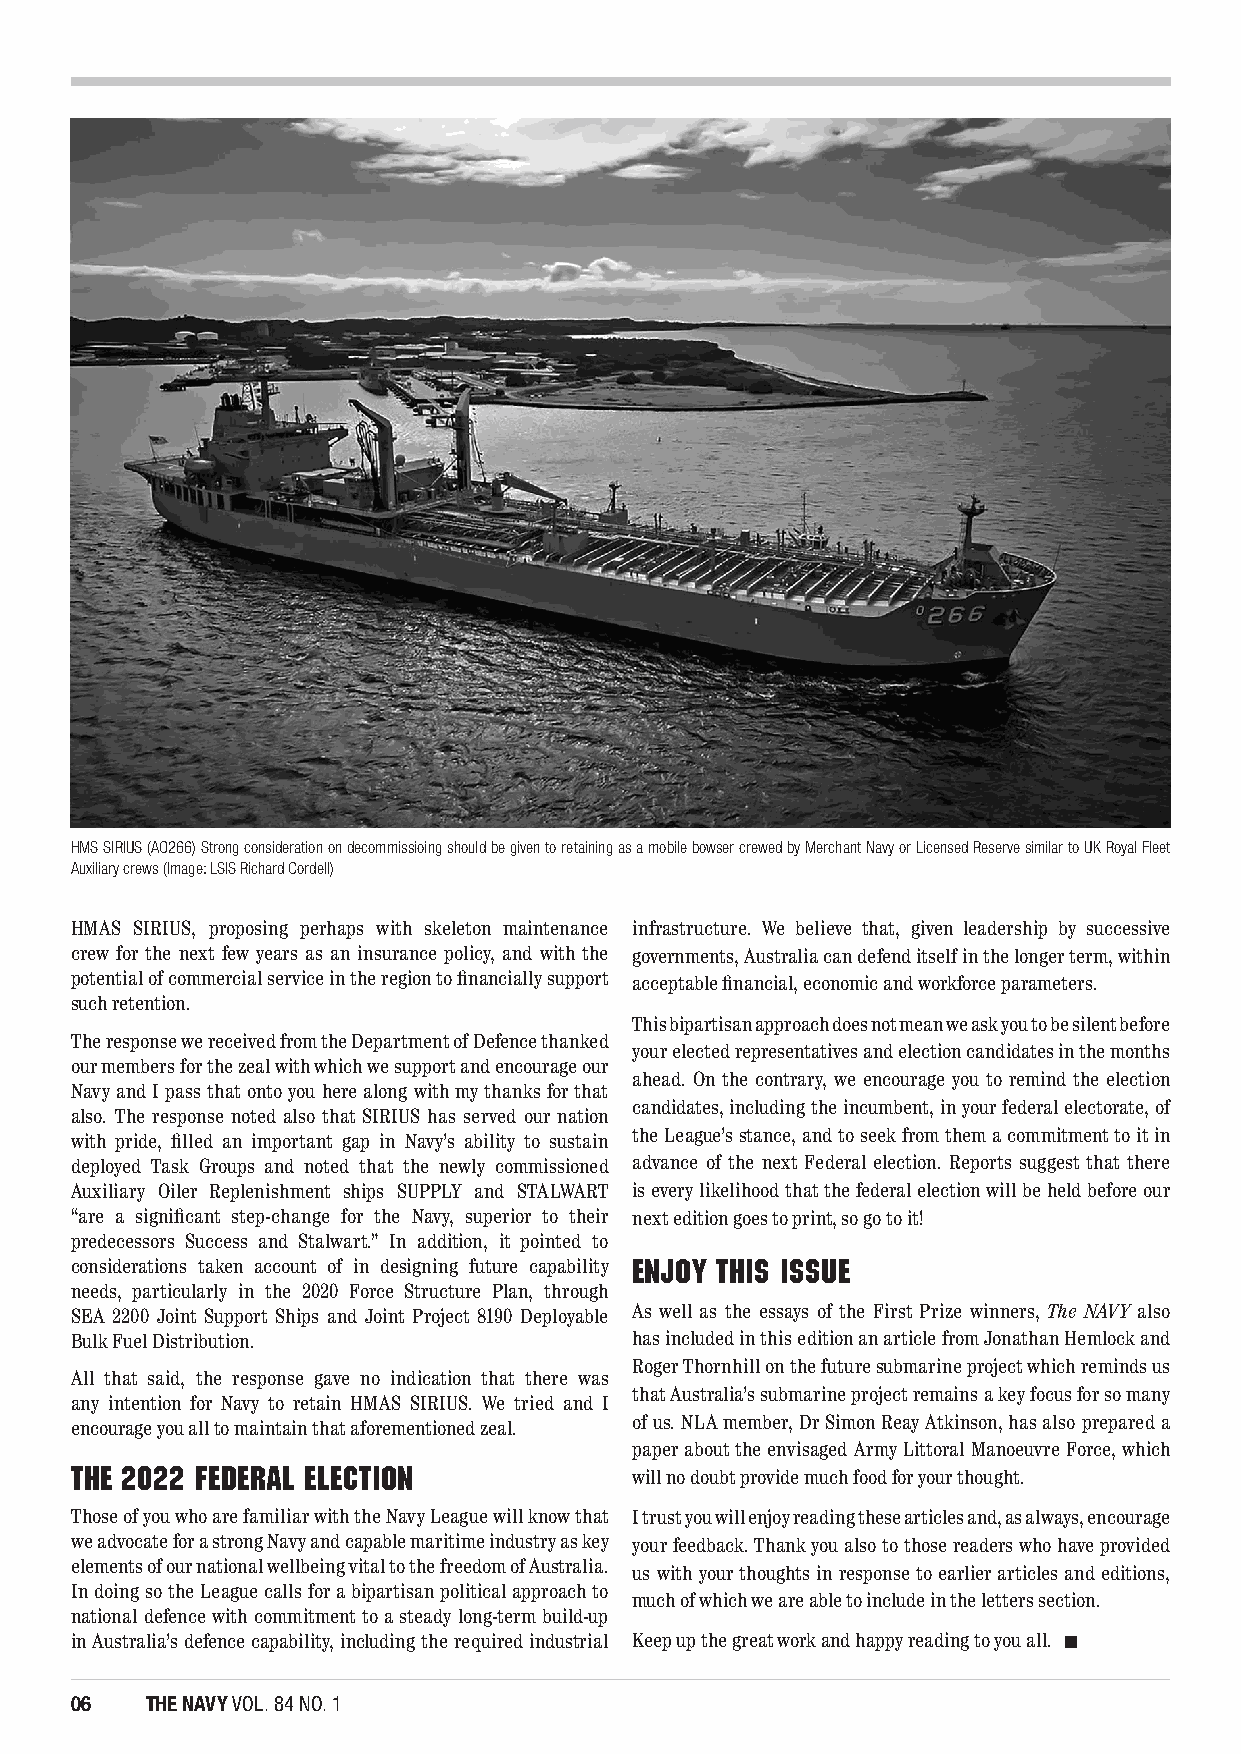
HMS SIRIUS (AO266) Strong consideration on decommissioing should be given to retaining as a mobile bowser crewed by Merchant Navy or Licensed Reserve similar to UK Royal Fleet
 Auxiliary crews (Image: LSIS Richard Cordell)
 HMAS SIRIUS, proposing perhaps with skeleton maintenance infrastructure. We believe that, given leadership by successive
 crew for the next few years as an insurance policy, and with the governments, Australia can defend itself in the longer term, within
 potential of commercial service in the region to financially support acceptable financial, economic and workforce parameters.
 such retention.
 This bipartisan approach does not mean we ask you to be silent before
 The response we received from the Department of Defence thanked
 your elected representatives and election candidates in the months
 our members for the zeal with which we support and encourage our
 ahead. On the contrary, we encourage you to remind the election
 Navy and I pass that onto you here along with my thanks for that
 candidates, including the incumbent, in your federal electorate, of
 also. The response noted also that SIRIUS has served our nation
 with pride, filled an important gap in Navy’s ability to sustain the League’s stance, and to seek from them a commitment to it in
 deployed Task Groups and noted that the newly commissioned advance of the next Federal election. Reports suggest that there
 Auxiliary Oiler Replenishment ships SUPPLY and STALWART is every likelihood that the federal election will be held before our
 “are a significant step-change for the Navy, superior to their next edition goes to print, so go to it!
 predecessors Success and Stalwart.” In addition, it pointed to
 considerations taken account of in designing future capability ENJOY THIS ISSUE
 needs, particularly in the 2020 Force Structure Plan, through
 SEA 2200 Joint Support Ships and Joint Project 8190 Deployable As well as the essays of the First Prize winners, The NAVY also
 Bulk Fuel Distribution.              has included in this edition an article from Jonathan Hemlock and
 Roger Thornhill on the future submarine project which reminds us
 All that said, the response gave no indication that there was
 that Australia’s submarine project remains a key focus for so many
 any intention for Navy to retain HMAS SIRIUS. We tried and I
 of us. NLA member, Dr Simon Reay Atkinson, has also prepared a
 encourage you all to maintain that aforementioned zeal.
 paper about the envisaged Army Littoral Manoeuvre Force, which
 THE 2022 FEDERAL ELECTION            will no doubt provide much food for your thought.
 Those of you who are familiar with the Navy League will know that I trust you will enjoy reading these articles and, as always, encourage
 we advocate for a strong Navy and capable maritime industry as key your feedback. Thank you also to those readers who have provided
 elements of our national wellbeing vital to the freedom of Australia.
 us with your thoughts in response to earlier articles and editions,
 In doing so the League calls for a bipartisan political approach to
 much of which we are able to include in the letters section.
 national defence with commitment to a steady long-term build-up
 in Australia’s defence capability, including the required industrial Keep up the great work and happy reading to you all.
 06   THE NAVY VOL. 84 NO. 1